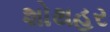
શોથહર